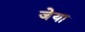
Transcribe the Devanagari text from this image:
जेया